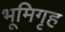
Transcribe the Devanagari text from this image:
भूमिगृह